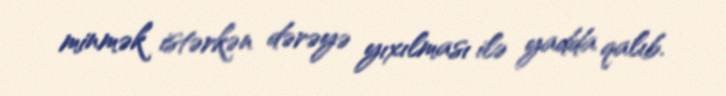
minmək istərkən dərəyə yıxılması ilə yadda qalıb.